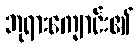
ဘုရားကျောင်း၏